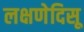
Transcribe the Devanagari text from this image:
लक्षणेदिसू